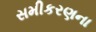
સમીકરણના